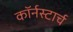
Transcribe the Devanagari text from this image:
कॉर्नस्टार्च